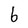
Character: b